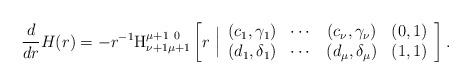
LaTeX: \begin{align*}\frac{d}{dr}H(r)=-r^{-1}\textnormal{H}_{\nu+1\mu+1}^{\mu+1 \ 0}\left[r\ \Big|\begin{array}{cccc}(c_{1},\gamma_{1}) & \cdots & (c_{\nu},\gamma_{\nu}) & (0,1) \\ (d_{1},\delta_{1}) & \cdots & (d_{\mu},\delta_{\mu}) & (1,1)\end{array} \right].\end{align*}